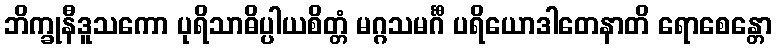
ဘိက္ခုနီဒူသကော ပုရိသာဓိပ္ပါယစိတ္တံ မဂ္ဂသမင်္ဂီ ပရိယောဒါတေနာတိ ရောစေန္တော